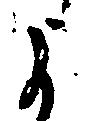
よ